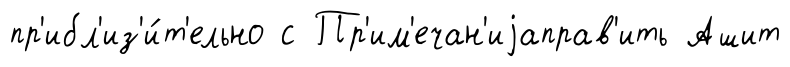
пр'ибл'из'и́т'ельно с Пр'им'ечан'иjаправ'ить Ашит